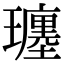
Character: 𤪮